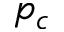
p _ { c }